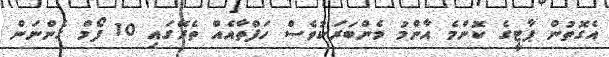
އެގޮތުން ޕާޓީގެ ކޮންމެ އާންމު މެންބަރަކުވެސް ހަފްތާއެއް ތެރޭގައި 10 ފޯމް ގެންނަން